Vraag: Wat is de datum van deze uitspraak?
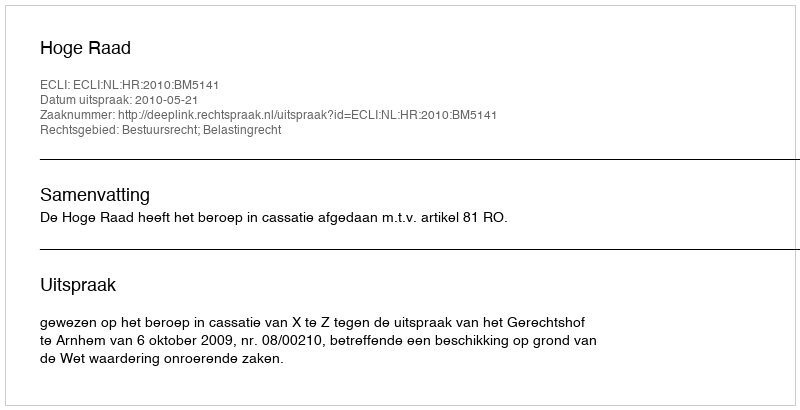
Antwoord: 2010-05-21